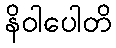
နိဝါပေါတိ